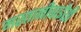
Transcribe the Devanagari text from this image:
मस्तानीबाईंशी